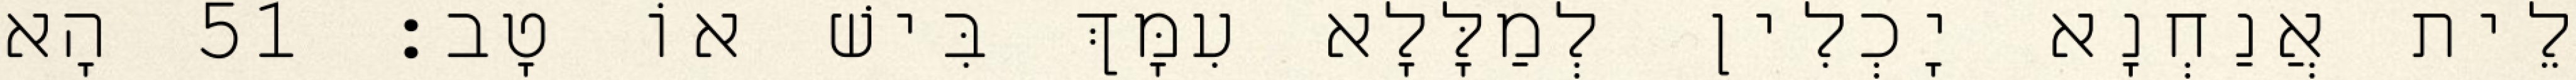
לֵית אֲנַחְנָא יָכְלִין לְמַלָּלָא עִמָּךְ בִּישׁ אוֹ טָב׃ 51 הָא